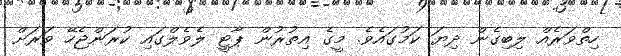
ހިތްވަރެއް ލިބިގެން ދިޔަ ކަމުގައެވެ. މީގެ އިތުރުން ޕާޓީ ލެވެލްގައި ކުރަންޖެހޭ ވަރަށް